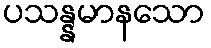
ပသန္နမာနသော